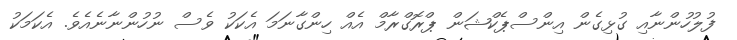
ފުލުހުންނާއި ގުޅިގެން އިންސްޕެކްޝަން ޕްރޮގްރާމް އެއް ހިންގާނަމަ އެކަކު ވެސް ނުހުންނާނެއެވެ. އެކަމަކު